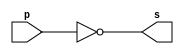
// -------------------------
// Exemplo0002 - NOT 
// Nome: Silvino Henrique Santos de Souza
// ------------------------- 
// ------------------------- 
// -- not gate 
// ------------------------- 
module notgate (output s, 
input p); 
assign s = ~p; 
endmodule // notgate 
// ------------------------- 
// -- test not gate 
// ------------------------- 
module testnotgate; 
// ------------------------- dados locais 
reg a; // definir registrador 
// (variavel independente) 
wire s; // definir conexao (fio) 
// (variavel dependente ) 
// ------------------------- instancia 
notgate NOT1 (s, a); 
// ------------------------- preparacao 
initial begin:start 
a=0; 
end 
// ------------------------- parte principal 
initial begin 
$display("Exemplo0002 - Silvino Henrique Santos de Souza - 412773"); 
$display("Test NOT gate"); 
$display("\n~a = s\n"); 
a=0; 
#1 $display("~%b = %b", a, s); 
a=1; 
#1 $display("~%b = %b", a, s); 
end 
endmodule // testnotgate